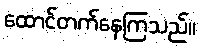
ထောင်တက်နေကြသည်။